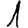
Digit: 1